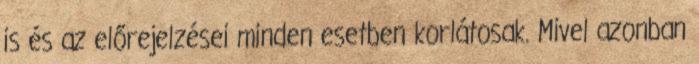
is és az előrejelzései minden esetben korlátosak. Mivel azonban